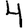
Digit: 4